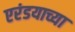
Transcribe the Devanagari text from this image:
एरंडयाच्या